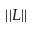
| | L | |